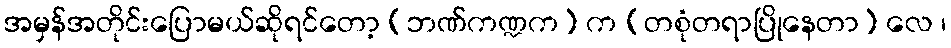
အမှန်အတိုင်းပြောမယ်ဆိုရင်တော့ (ဘဏ်ကဏ္ဍက) က (တစုံတရာပြိုနေတာ) လေ ၊